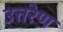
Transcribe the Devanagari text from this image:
उत्तरेण